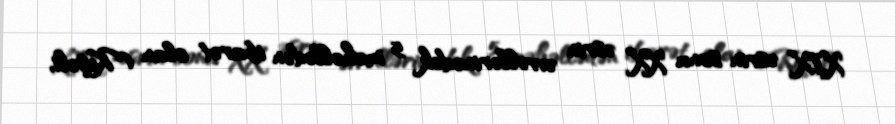
XIX əsrin sonu XX əsrin əvvəllərinədək 5 məhəllədən ibarət olan (Keşəli,